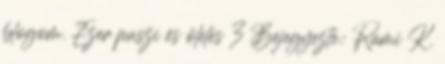
blogom. Ezer puszi és ölelés 3 Bejegyezte: Rami K.